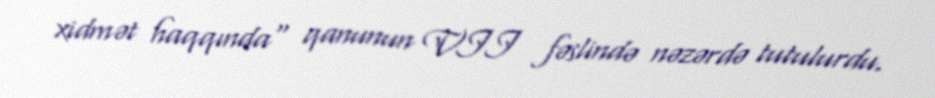
xidmət haqqında" qanunun VII fəslində nəzərdə tutulurdu.